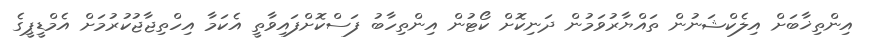
އިންތިޚާބަށް އިލެކްޝަނުން ތައްޔާރުވަމުން ދަނިކޮށް ކޯޓުން އިންތިހާބު ފަސްކޮށްފައިވާތީ އެކަމާ އިހްތިޖާޖުކުރުމަށް އެމްޑީޕީގެ